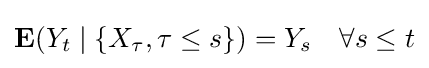
\mathbf {E} (Y_{t}\mid \{X_{\tau },\tau \leq s\})=Y_{s}\quad \forall s\leq t